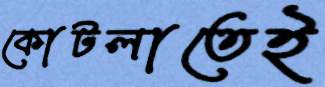
কোটলাতেই